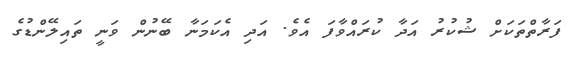
ފަރާތްތަކަށް ޝުކުރު އަދާ ކުރައްވާފަ އެވެ. އަދި އެކަމަނާ ބޭނުން ވަނީ ތައިލޭންޑުގެ